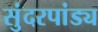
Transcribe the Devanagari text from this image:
सुंदरपांड्य